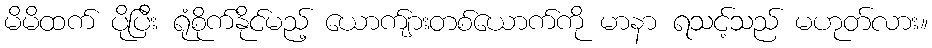
မိမိထက် ပိုပြီး ရုံစိုက်နိုင်မည့် ယောက်ျားတစ်ယောက်ကို မာနာ ရသင့်သည် မဟုတ်လား။